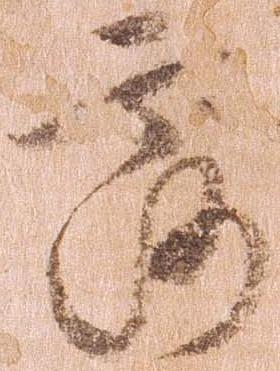
露